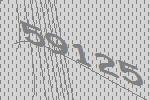
59125